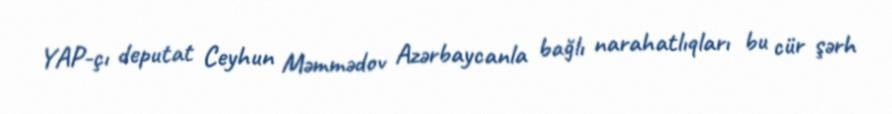
YAP-çı deputat Ceyhun Məmmədov Azərbaycanla bağlı narahatlıqları bu cür şərh